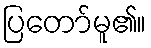
ပြတော်မူ၏။